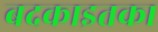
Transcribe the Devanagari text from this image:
बदकाइतका